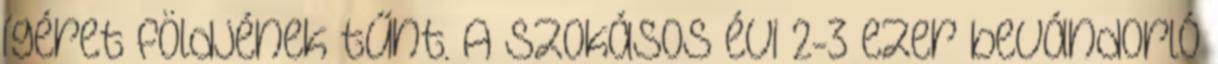
ígéret földjének tűnt. A szokásos évi 2-3 ezer bevándorló